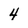
Character: 4